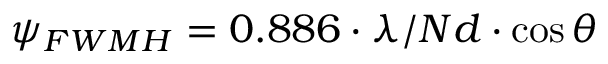
{ { \psi } _ { F W M H } } = 0 . 8 8 6 \cdot \lambda / N d \cdot \cos \theta